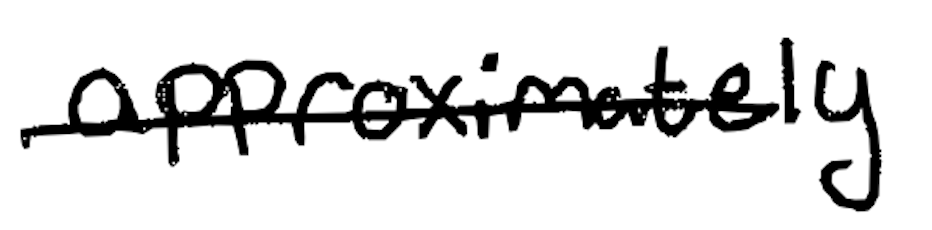
Text: approximately
Cross-out: mix
Writing tool: digital_black